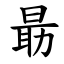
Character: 朂